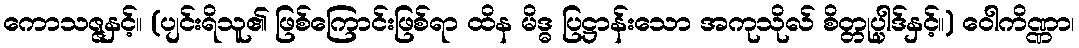
ကောသဇ္ဇနှင့်။ (ပျင်းရိသူ၏ ဖြစ်ကြောင်းဖြစ်ရာ ထိန မိဒ္ဓ ပြဋ္ဌာန်းသော အကုသိုလ် စိတ္တုပ္ပါဒ်နှင့်။) ဝေါကိဏ္ဏာ၊